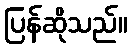
ပြန်ဆိုသည်။